Civil Veterinary Dept. North-West Frontier Province 1901-22 - 1901-1922
Year: 1901
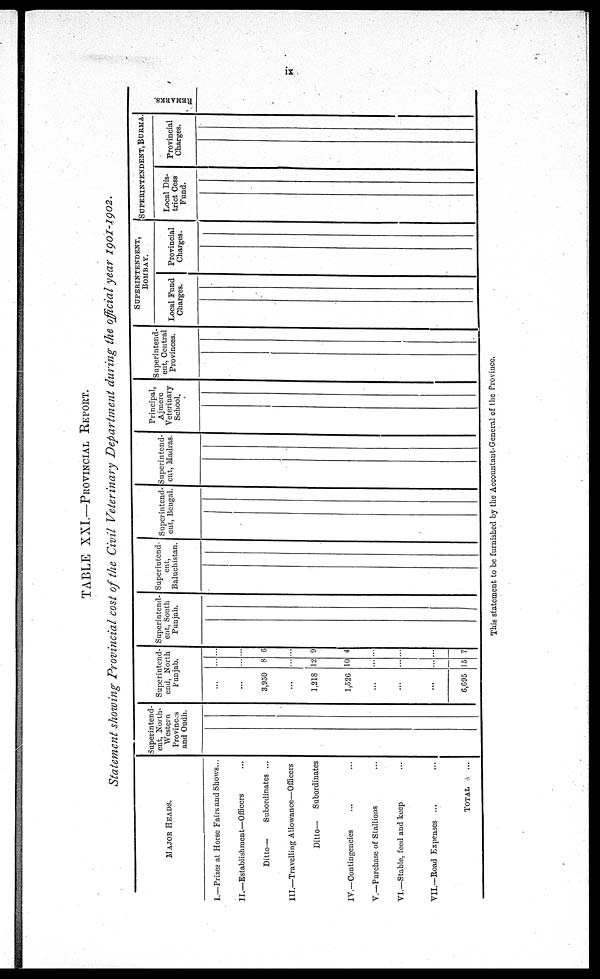
ix
TABLE XXI.—PROVINCIAL REPORT.
Statement showing Provincial cost of the Civil Veterinary Department during the official year 1901-1902.
MAJOR HEADS.
I.—Prizes at Horse Fairs and Shows...
II.—Establishment—Officers ...
Ditto—
Subordinates ...
III.—Travelling Allowance—Officers
Ditto—
Subordinates
IV.—Contingencies ... ...
V.—Purchase of Stallions ...
VI.—Stable, feed and keep ...
VII.—Road Expenses ... ...
TOTAL
...
Superintend-
ent, North¬
Western
Province
and Oudh.
Superintend¬
end, North
Punjab.
...
...
3,950
...
1,218
1,526
...
...
...
6,695
...
...
3
...
12
10
...
...
...
15
...
...
6
...
9
4
...
...
...
7
Superintend-
ent, South
Punjab.
Superintend-
ent,
Baluchistan.
Superintend
ent, Bengal.
Superintend-
ent, Madras.
Principal,
Ajmere
Veterinary
School.
Superintend-
ent, Central
Provinces.
SUPERINTENDENT,
BOMBAY.
Local Fund
Charges.
Provincial
Charges.
SUPERINTENDENT, BURMA.
Local Dis-
trict Cess
Fund.
Provincial
Charges.
REMARKS.
This statement to be furnished by the Accountant-General of the Province.